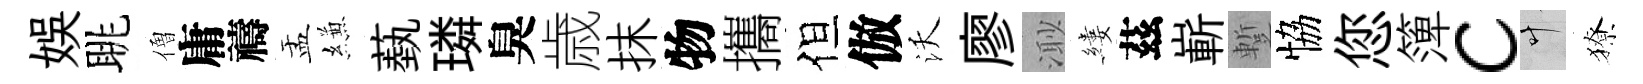
娱眺僧庸禱盂縑蓺璘臭歳抹物攜但倣沃廖𣺌縷茲嶄蹔恊您𥱼c叶獠